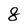
Character: 8